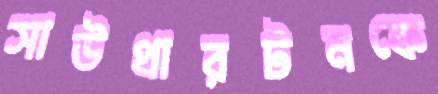
সাউথারটনকে